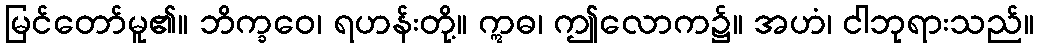
မြင်တော်မူ၏။ ဘိက္ခဝေ၊ ရဟန်းတို့။ ဣဓ၊ ဤလောက၌။ အဟံ၊ ငါဘုရားသည်။